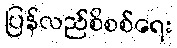
ပြန်လည်စိစစ်ရေး